Civil Veterinary Department. Madras. Admin. report 1926-33 - 1926-1933
Year: 1926
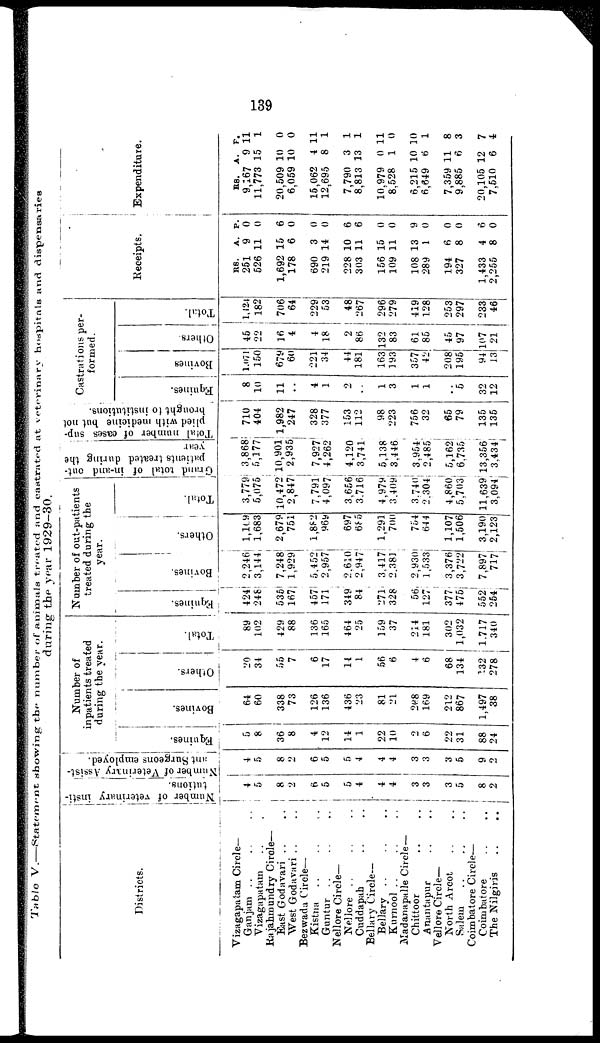
139
Table V.—Statement showing the number of animals treated and castrated at veterinary hospitals and dispensaries
during the year 1929-30.
Districts.
Vizagapatam Circle—
Ganjam .. .. .. ..
Vizagapatam .. .. .. ..
Rajahmundry Circle—
East Godavari .. .. .. ..
West Godavari .. .. .. ..
Bezwada Circle—
Kistna
..
..
..
..
Guntur .. .. .. ..
Nellore Circle—
Nellore
..
..
..
..
Cuddapah .. .. .. ..
Bellary Circle—
Bellary .. .. .. ..
Kurnool .. .. .. ..
Madanapalle Circle—
Chittoor .. .. .. ..
Anantapur .. .. .. ..
Vellore Circle—
North Arcot .. .. .. ..
Salem .. .. .. ..
Coimbatore Circle—
Coimbatore .. .. .. ..
The Nilgiris
Number of veterinary insti-
tutions.
4
5
8
2
6
5
5 4
4
4
3
3
3
5
8
2
Number of veterinary Assist-
ant Surgeons employed.
4
5
8
2
6
5
6
4
4
4
3
3
3
5
9
2
Number of
inpatients treated
during the year.
Equines.
5
8
36
8
4
12
14
1
22
10
2
6
22
31
88
24
Bovines.
64
60
338
73
126
136
436
23
81
21
268
169
212
867
1,497
38
Others.
20
34
55
7
6
17
14
1
56
6
4
6
68
134
132
278
Total.
89
102
429
88
136
165
464
25
159
37
214
181
302
1,032
1,717
340
Number of out-patients
treated during the
year.
Equines.
424
246
535
167
457
171
349
84
271
326
56
127
377
475
552
254
Bovines.
2,246
3,144
7,248
1,929
5,452
2,957
2,610
2,947
3,417
2,381
2,930
1,533
3,376
3,722
7,897
717
Others.
1, 09
1,683
2,679
751
1,882
969
697
685
1,291
700
754
644
1,107
1,506
3,190
2,123
Total.
3,779
5,075
10,472
2,847
7,791
4,097
3,656
3,716
4,979
3,409
3,740
2,304
4,860
5,703
11,639
3,094
Grand total of in-and out-
patients treated during the
year
3,868
5,177
10,901
2,935
7,927
4,262
4,120
3,741
5,138
3,446
3,954
2,485
5,162
6,735
13,356
3,434
Total
number of cases sup-
plied with medicine but not
brought to institutions.
710
404
1,982
247
328
377
153
112
98
223
756
32
65
79
135
135
Castrations per-
formed.
Equines.
8
10
11
..
4
1
2
..
1
3
1
1
..
5
32
12
Bovines
1,071
150
679
60
221
34
44
181
163
193
357
42
208
195
94
13
Others.
45
22
16
4
4
18
2
86
132
83
61
85
45
97
107
21
Total.
1,124
182
706
64
229
53
48
267
296
279
419
128
253
297
233
46
Receipts.
RS.
251
526
A.
9
11
P.
0
0
1,692
178
15
6
6
0
690
219
3
14
0
0
228
303
10
11
6
6
156
109
15
11
0
0
108
289
13
1
9
0
194
327
6
8
0
0
1,433
2,255
4
8
6
0
Expenditure.
RS.
9,167
11,773
A.
9
15
P.
11
1
20,509
6,059
10
10
0
0
15,062
12,695
4
8
11
1
7,790
8,813
3
13
1
1
10,979
8,528
0
1
11
0
6,215
6,649
10
6
10
1
7,359
9,885
11
6
8
3
20,105
7,510
12
6
7
4